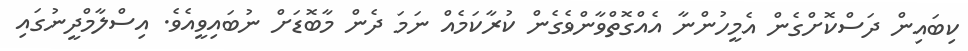
ކިބައިން ދަސްކޮށްގެން އެމީހުންނާ އެއްގޮތްވާންވެގެން ކުރާކަމެއް ނަމަ ދެން މާބޮޑަށް ނުބައިވީއެވެ. އިސްލާމްދީނުގައި